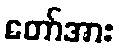
တော်အား